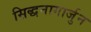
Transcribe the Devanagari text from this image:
सिद्धनागार्जुन